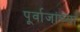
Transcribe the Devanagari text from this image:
पूर्वाजांच्या